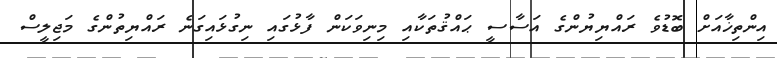
އިންތިޚާއަށް ބޮޑުވެ ރައްޔިޔުންގެ އަސާސީ ޙައްޤުތަކާއި މިނިވަކަން ފާޅުގައި ނިގުޅައިގަނެ ރައްޔިތުންގެ މަޖިލީސް